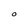
Character: O